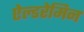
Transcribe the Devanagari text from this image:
ऐल्डरेमिन